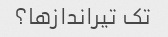
تک تیراندازها؟